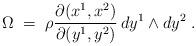
LaTeX: \begin{align*}\Omega \;=\; \rho \frac{\partial (x^1,x^2)}{\partial (y^1,y^2)} \,dy^1 \land dy^2 \;.\end{align*}